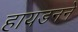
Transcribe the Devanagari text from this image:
हायडनने